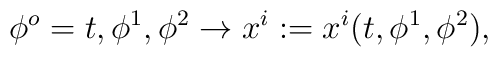
\phi^o=t, \phi^1, \phi^2\to x^i:=x^i(t,\phi^1,\phi^2),